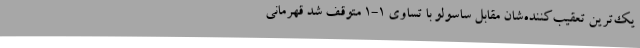
یک‌ترین تعقیب‌کننده‌شان مقابل ساسولو با تساوی 1-1 متوقف شد قهرمانی